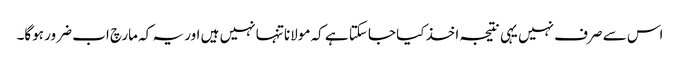
اس سے صرف نہیں یہی نتیجہ اخذ کیا جاسکتا ہے کہ مولانا تنہا نہیں ہیں اور یہ کہ مارچ اب ضرور ہوگا۔